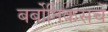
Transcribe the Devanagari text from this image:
बर्बोनिकसचे